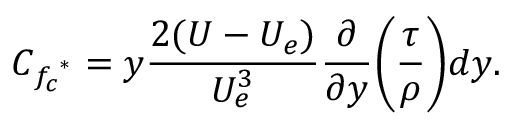
C _ { { f _ { c } } ^ { * } } = y \frac { 2 ( U - U _ { e } ) } { U _ { e } ^ { 3 } } \frac { \partial } { \partial y } \bigg ( \frac { \tau } { \rho } \bigg ) d y .